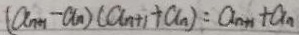
( a _ { n + 1 } - a _ { n } ) ( a _ { n + 1 } + a _ { n } ) = a _ { n + 1 } + a _ { n }